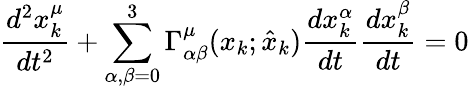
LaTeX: \frac{d^{2}x_{k}^{\mu}}{dt^{2}}+\sum_{\alpha,\beta=0}^{3}\Gamma_{\alpha\beta}^{\mu}(x_{k};\hat{x}_{k})\frac{dx_{k}^{\alpha}}{dt}\frac{dx_{k}^{\beta}}{dt}=0